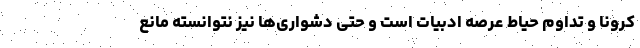
کرونا و تداوم حیاط عرصه ادبیات است و حتی دشواری‌ها نیز نتوانسته مانع